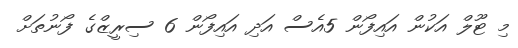
މި ޓޫލް އަކުން އައިފޯން 5އެސް އަދި އައިފޯން 6 ސިރީޒްގެ ފޯނުތަށް